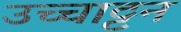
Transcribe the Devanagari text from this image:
उच्चाट्टन